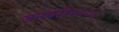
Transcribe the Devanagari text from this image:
जनवरी२००८